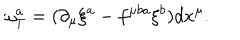
\omega _ { T } ^ { a } = ( \partial _ { \mu } \xi ^ { a } - f ^ { \mu b a } \xi ^ { b } ) d x ^ { \mu } .